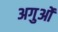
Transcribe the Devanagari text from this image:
अगुओं